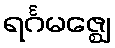
ရင်္ဂမဇ္ဈေ